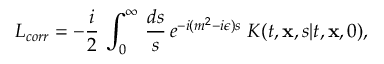
{ \cal L } _ { c o r r } = - { \frac { i } { 2 } } \, \int _ { 0 } ^ { \infty } \, { \frac { d s } { s } } \, e ^ { - i ( m ^ { 2 } - i \epsilon ) s } \; K ( t , { \bf x } , s \vert t , { \bf x } , 0 ) ,